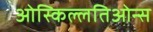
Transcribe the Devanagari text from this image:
ओस्किल्लतिओन्स